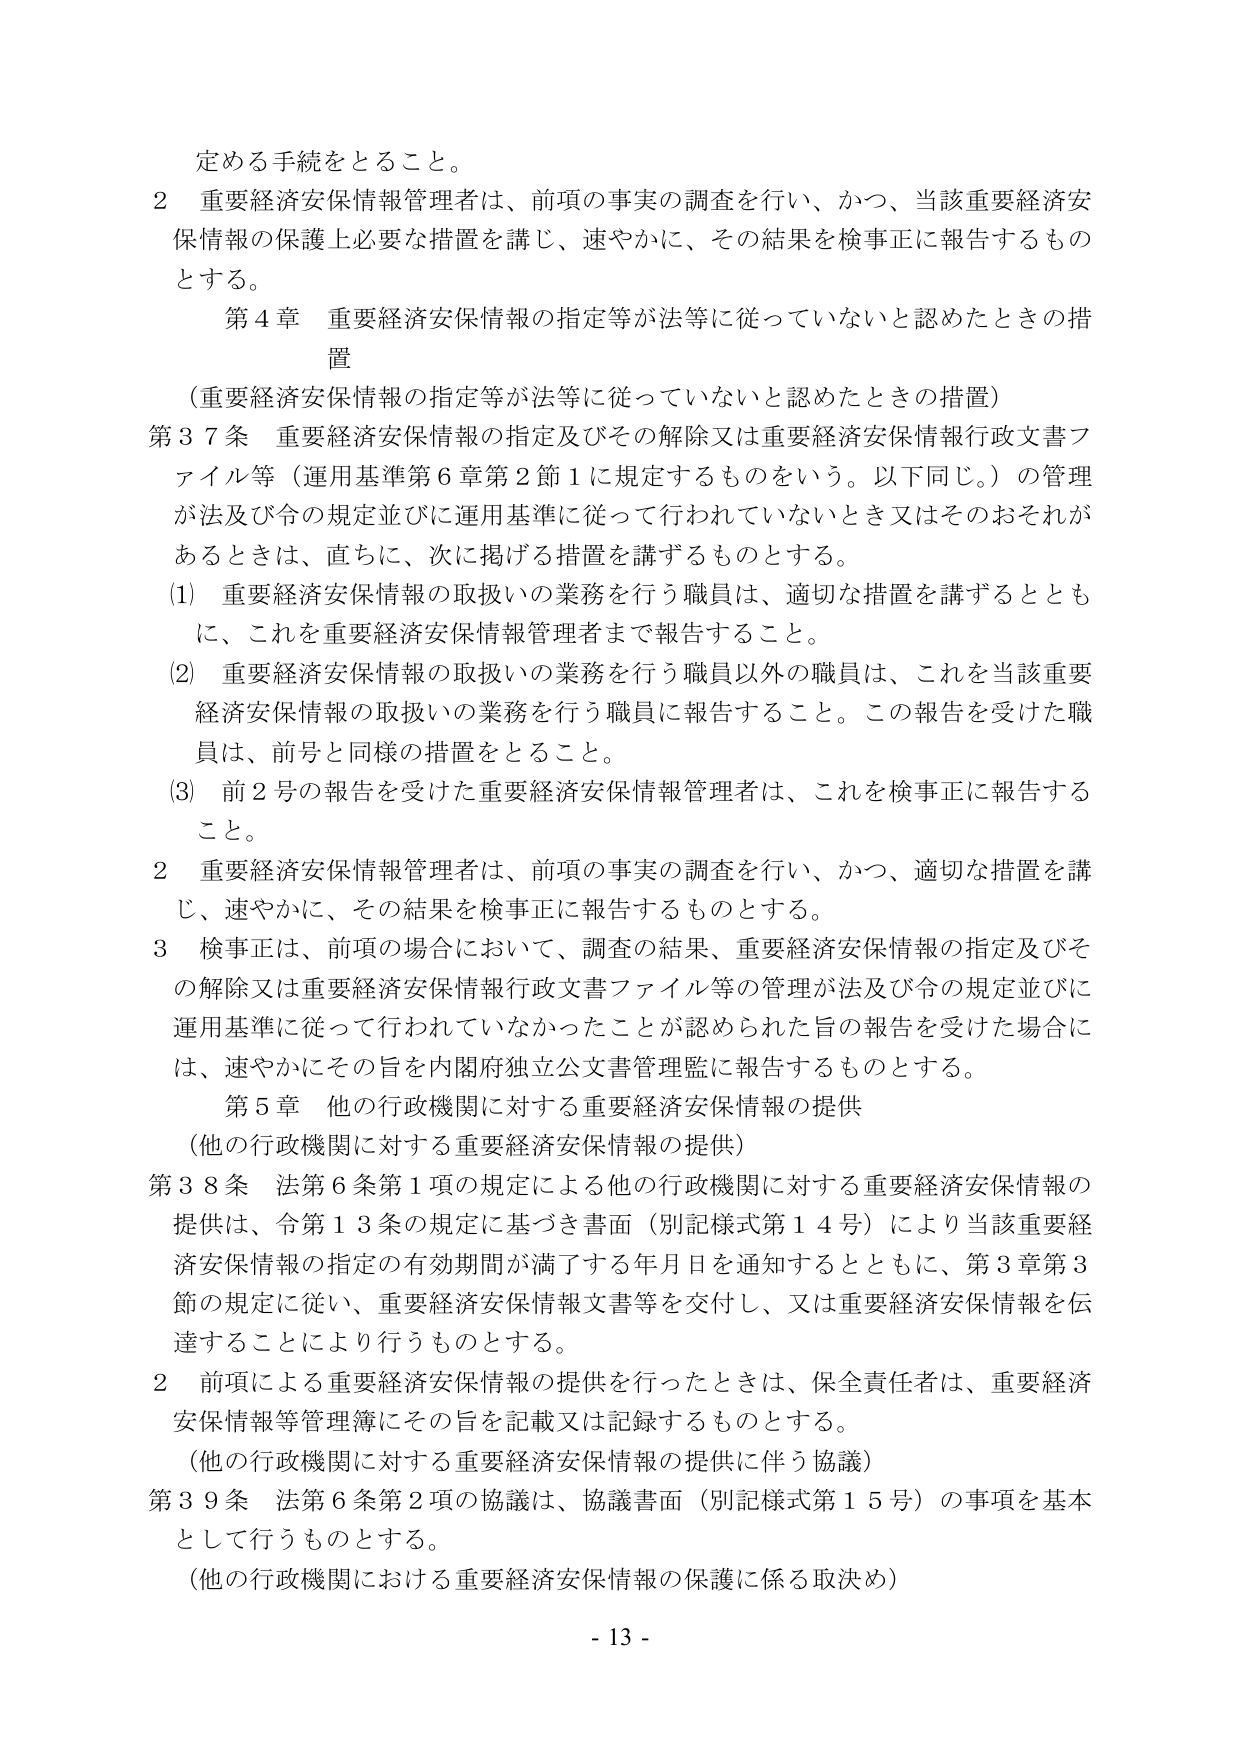
定める手続をとること。

２ 重要経済安保情報管理者は、前項の事実の調査を行い、かつ、当該重要経済安保情報の保護上必要な措置を講じ、速やかに、その結果を検事正に報告するものとする。

第４章 重要経済安保情報の指定等が法等に従っていないと認めたときの措置

（重要経済安保情報の指定等が法等に従っていないと認めたときの措置）

第３７条 重要経済安保情報の指定及びその解除又は重要経済安保情報行政文書ファイル等（運用基準第６章第２節１に規定するものをいう。以下同じ。）の管理が法及び令の規定並びに運用基準に従って行われていないとき又はそのおそれがあるときは、直ちに、次に掲げる措置を講ずるものとする。

(1) 重要経済安保情報の取扱いの業務を行う職員は、適切な措置を講ずるとともに、これを重要経済安保情報管理者まで報告すること。

(2) 重要経済安保情報の取扱いの業務を行う職員以外の職員は、これを当該重要経済安保情報の取扱いの業務を行う職員に報告すること。この報告を受けた職員は、前号と同様の措置をとること。

(3) 前２号の報告を受けた重要経済安保情報管理者は、これを検事正に報告すること。

２ 重要経済安保情報管理者は、前項の事実の調査を行い、かつ、適切な措置を講じ、速やかに、その結果を検事正に報告するものとする。

３ 検事正は、前項の場合において、調査の結果、重要経済安保情報の指定及びその解除又は重要経済安保情報行政文書ファイル等の管理が法及び令の規定並びに運用基準に従って行われていなかったことが認められた旨の報告を受けた場合には、速やかにその旨を内閣府独立公文書管理監に報告するものとする。

第５章 他の行政機関に対する重要経済安保情報の提供

（他の行政機関に対する重要経済安保情報の提供）

第３８条 法第６条第１項の規定による他の行政機関に対する重要経済安保情報の提供は、令第１３条の規定に基づき書面（別記様式第１４号）により当該重要経済安保情報の指定の有効期間が満了する年月日を通知するとともに、第３章第３節の規定に従い、重要経済安保情報文書等を交付し、又は重要経済安保情報を伝達することにより行うものとする。

２ 前項による重要経済安保情報の提供を行ったときは、保全責任者は、重要経済安保情報等管理簿にその旨を記載又は記録するものとする。

（他の行政機関に対する重要経済安保情報の提供に伴う協議）

第３９条 法第６条第２項の協議は、協議書面（別記様式第１５号）の事項を基本として行うものとする。

（他の行政機関における重要経済安保情報の保護に係る取決め）

- 13 -